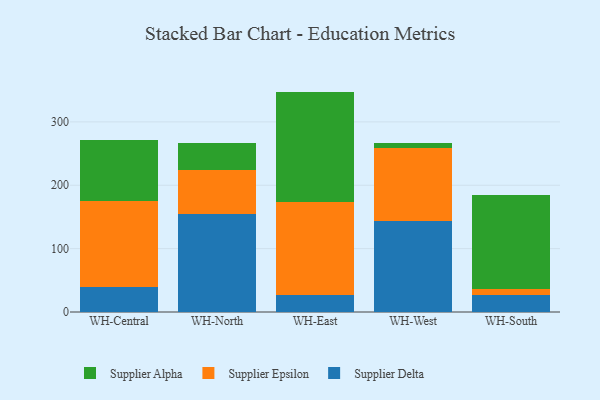
{"axis": {"x": "Warehouse", "y": "Customer Acquisition Cost (USD)"}, "legend": ["Supplier Alpha", "Supplier Delta", "Supplier Epsilon"], "data": [{"x": "WH-Central", "y": 39.3, "type": "Supplier Delta"}, {"x": "WH-Central", "y": 135.6, "type": "Supplier Epsilon"}, {"x": "WH-Central", "y": 97.2, "type": "Supplier Alpha"}, {"x": "WH-North", "y": 154.2, "type": "Supplier Delta"}, {"x": "WH-North", "y": 69.6, "type": "Supplier Epsilon"}, {"x": "WH-North", "y": 43.5, "type": "Supplier Alpha"}, {"x": "WH-East", "y": 27.1, "type": "Supplier Delta"}, {"x": "WH-East", "y": 146.5, "type": "Supplier Epsilon"}, {"x": "WH-East", "y": 174.2, "type": "Supplier Alpha"}, {"x": "WH-West", "y": 142.9, "type": "Supplier Delta"}, {"x": "WH-West", "y": 115.8, "type": "Supplier Epsilon"}, {"x": "WH-West", "y": 7.7, "type": "Supplier Alpha"}, {"x": "WH-South", "y": 27.1, "type": "Supplier Delta"}, {"x": "WH-South", "y": 9.5, "type": "Supplier Epsilon"}, {"x": "WH-South", "y": 147.6, "type": "Supplier Alpha"}]}